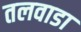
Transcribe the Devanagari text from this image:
तलवाडा